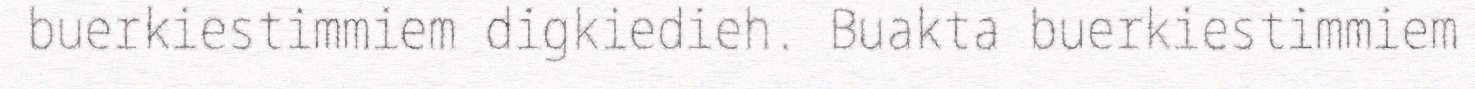
buerkiestimmiem digkiedieh. Buakta buerkiestimmiem